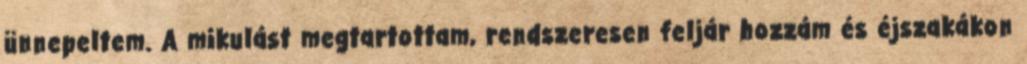
ünnepeltem. A mikulást megtartottam, rendszeresen feljár hozzám és éjszakákon